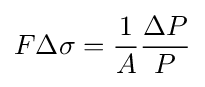
F\Delta \sigma ={\frac {1}{A}}{\frac {\Delta P}{P}}